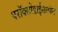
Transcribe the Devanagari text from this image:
परॉक्सोडाईसल्फेट